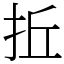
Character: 拞